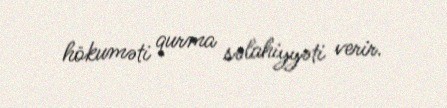
hökuməti qurma səlahiyyəti verir.